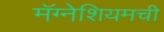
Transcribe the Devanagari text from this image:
मॅग्नेशियमची